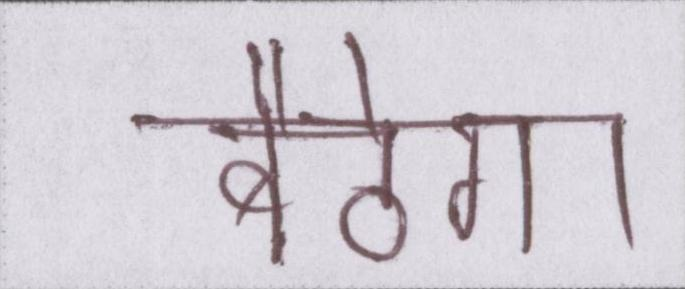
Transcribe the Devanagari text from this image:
बैठेगा